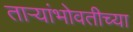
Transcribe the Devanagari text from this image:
ताऱ्यांभोवतीच्या